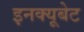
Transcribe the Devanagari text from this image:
इनक्यूबेट